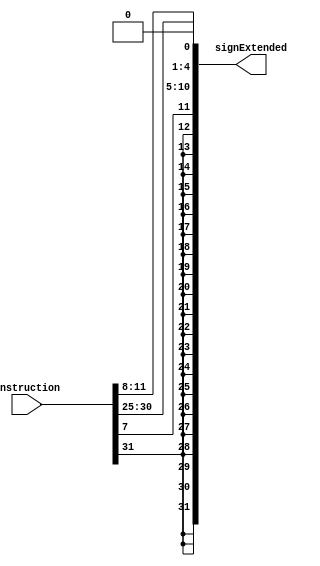
`ifndef __BTypeSignExtend32b__
`define __BTypeSignExtend32b__

module BTypeSignExtend32b (
    instruction,
    signExtended
);
    input wire [31:0] instruction;
    output wire [31:0] signExtended;

    assign signExtended = 
    {
        {20 {instruction[31]}},  // imm[12]
        instruction[7],  // imm[11]
        instruction[30:25],  // imm[10:5]
        instruction[11:8],  // imm[4:1]
        1'b0
    };
    
endmodule

`endif